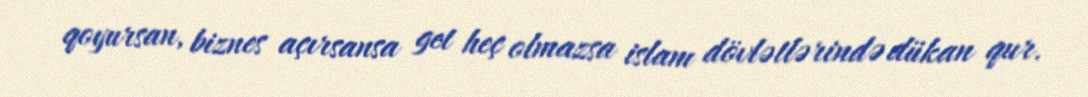
qoyursan, biznes açırsansa get heç olmazsa islam dövlətlərində dükan qur.